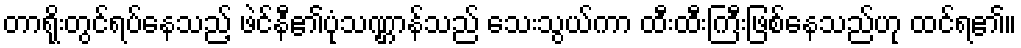
တာရိုးတွင်ရပ်နေသည့် ဖဲင်နီ၏ပုံသဏ္ဌာန်သည် သေးသွယ်ကာ ထီးထီးကြီးဖြစ်နေသည်ဟု ထင်ရ၏။